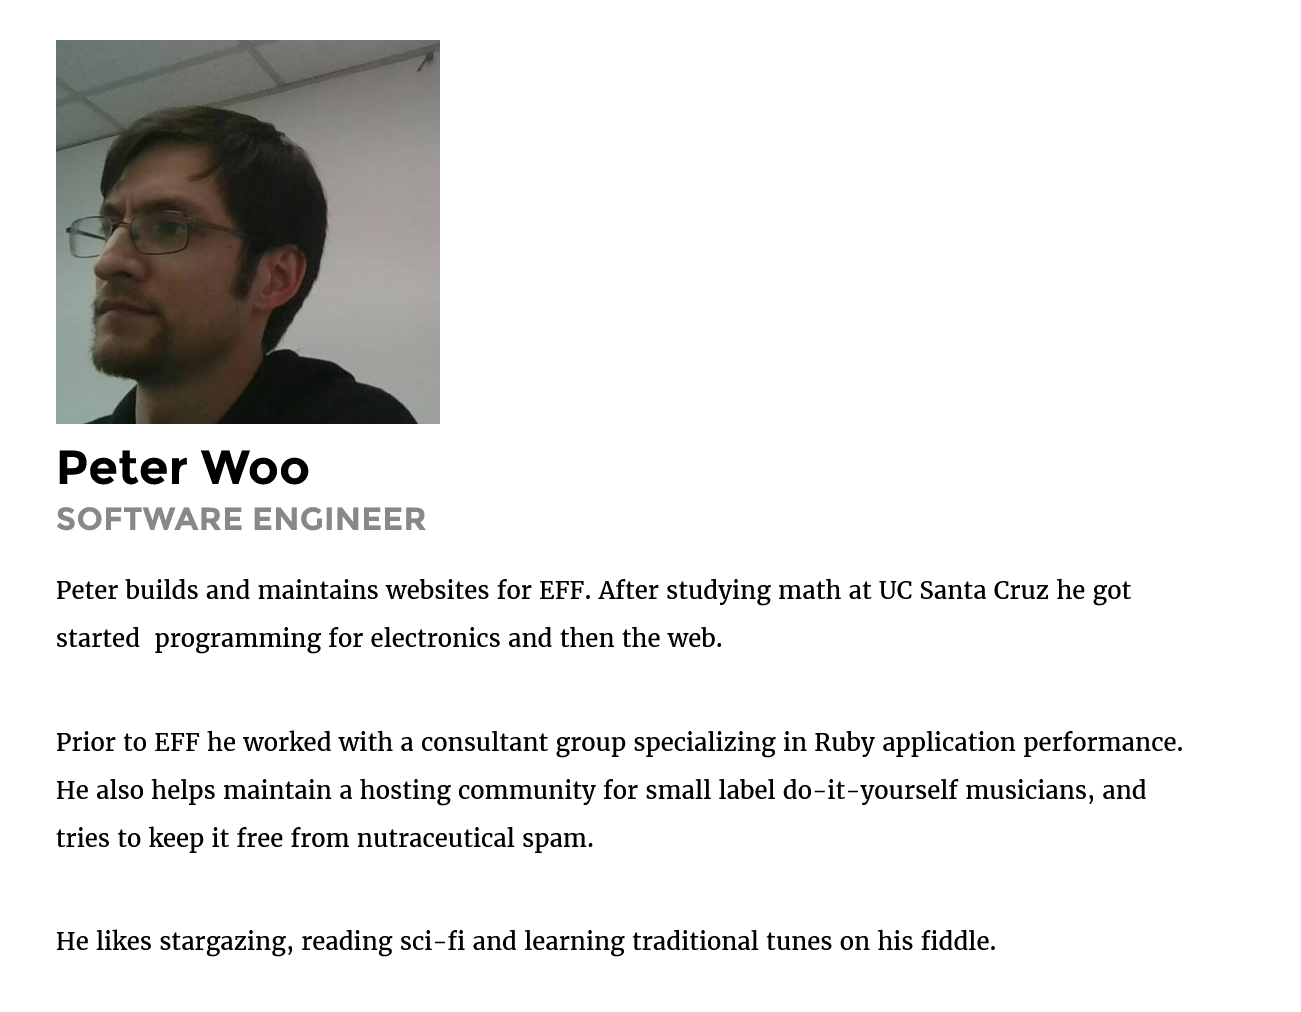
Peter    Woo
     SOFTWARE    ENGINEER
     Peter builds and maintains websites for EFF. After studying math at UC Santa Cruz he got
     started programming for electronics and then the web.
     Prior to EFF he worked with a consultant group specializing in Ruby application performance.
     He also helps maintain a hosting community for small label do-it-yourself musicians, and
     tries to keep it free from nutraceutical spam.
     He likes stargazing, reading sci-fi and learning traditional tunes on his fiddle.